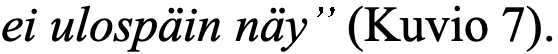
ei ulospäin näy” (Kuvio 7).